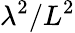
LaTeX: \lambda^{2}/L^{2}